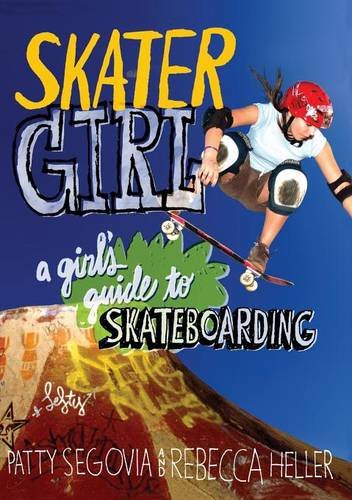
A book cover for Skater Girl: A Girl's Guide to Skateboarding; Patty Segovia; Sports & Outdoors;